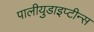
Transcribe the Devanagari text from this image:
पालीयुडाइप्टीन्स